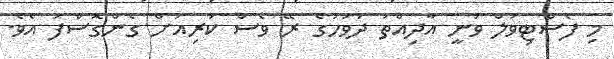
މި ފެސްޓިވަލް ވަނީ އާދިއްތަ ދުވަހުގެ ރޭ ވެސް ކުރިއަށް ގެންގޮސްފަ އެވެ.